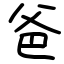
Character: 爸